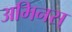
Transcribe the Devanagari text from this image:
अमिनस्